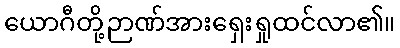
ယောဂီတို့ဉာဏ်အားရှေးရှုထင်လာ၏။